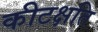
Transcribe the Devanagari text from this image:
कीटक्षति